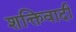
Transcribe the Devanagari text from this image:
शक्तिवादी